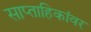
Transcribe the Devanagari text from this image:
साप्ताहिकांवर